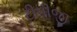
ટીપીજી